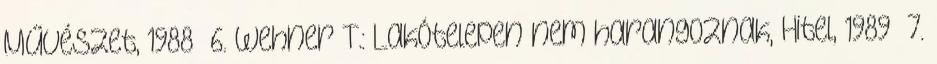
Művészet, 1988 6. Wehner T.: Lakótelepen nem harangoznak, Hitel, 1989 7.